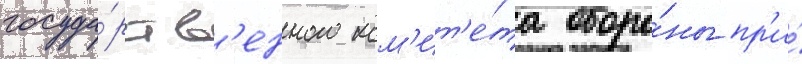
госуда́рств'енного ком'ит'е́та оборо́ны пр'и́